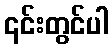
၎င်းတွင်ပါ